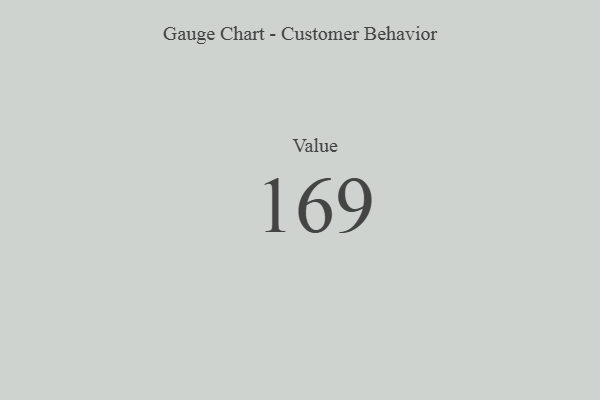
{"axis": {"x": "Metric", "y": "Value"}, "legend": [""], "data": [{"x": "Value", "y": 169, "type": ""}]}